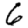
Digit: 6